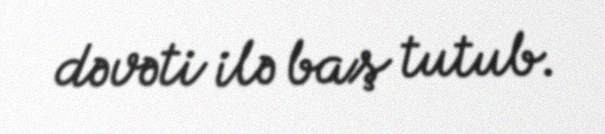
dəvəti ilə baş tutub.